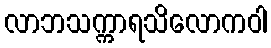
လာဘသက္ကာရသိလောကဝါ